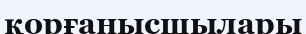
қорғанысшылары